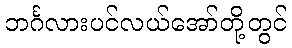
ဘင်္ဂလားပင်လယ်အော်တို့တွင်